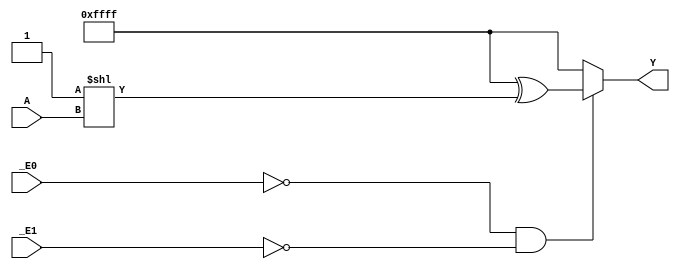
// This program was cloned from: https://github.com/Johnlon/spam-1
// License: Mozilla Public License 2.0

// License: Mozilla Public License : Version 2.0
// 4-16 decoder
// https://assets.nexperia.com/documents/data-sheet/74HC_HCT154.pdf
               
`ifndef hct74154
`define hct74154

`timescale 1ns/1ns

module hct74154(_E0, _E1, A, Y);
    input _E0, _E1;
    input [3:0] A;
    output [15:0] Y;

    wire [15:0] x = 16'hffff ^ (2**A);
    
    assign #(13) Y = !_E0 & !_E1 ? x: 16'hffff;

endmodule


`endif